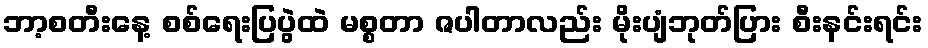
ဘာ့စတီးနေ့ စစ်ရေးပြပွဲထဲ မစ္စတာ ဇပါတာလည်း မိုးပျံဘုတ်ပြား စီးနင်းရင်း